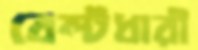
বেল্টধারী